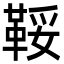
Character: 鞖